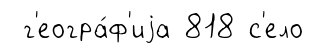
г'еогра́ф'иjа 818 с'ело